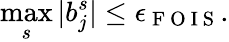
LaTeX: \displaystyle\operatorname*{max}_{s}\vert b_{j}^{s}\vert\leq\epsilon_{\mathrm{~F~O~I~S~}}.